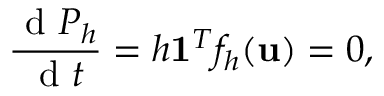
\frac { \mathrm { ~ d ~ } P _ { h } } { \mathrm { ~ d ~ } t } = h \mathbf { 1 } ^ { T } f _ { h } ( \mathbf { u } ) = 0 ,